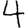
Digit: 4